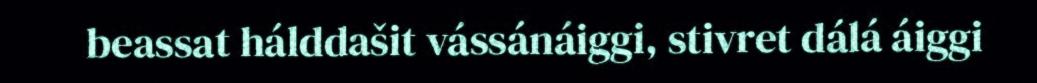
beassat hálddašit vássánáiggi, stivret dálá áiggi